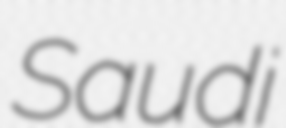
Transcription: Saudi